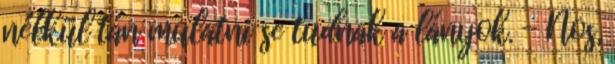
nélkül tán mulatni se tudnak a lányok. - Nos,